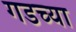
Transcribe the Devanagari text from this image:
गडच्या